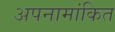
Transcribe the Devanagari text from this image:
अपनामांकित